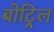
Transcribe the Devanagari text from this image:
बोट्रिल